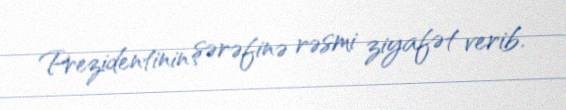
Prezidentinin şərəfinə rəsmi ziyafət verib.